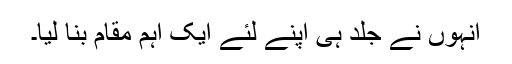
انہوں نے جلد ہی اپنے لئے ایک اہم مقام بنا لیا۔